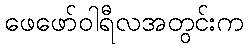
ဖေဖော်ဝါရီလအတွင်းက